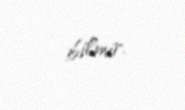
bilmir.